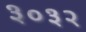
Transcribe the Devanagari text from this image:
३०३२